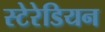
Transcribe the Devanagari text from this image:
स्‍टेरेडियन